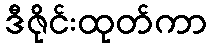
ဒီဇိုင်းထုတ်ကာ